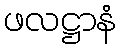
ဖလဋ္ဌာနံ